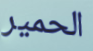
الحمير